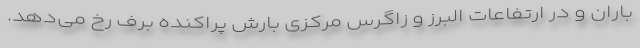
باران و در ارتفاعات البرز و زاگرس مرکزی بارش پراکنده برف رخ می‌دهد.